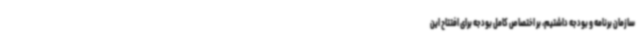
سازمان برنامه و بودجه داشتیم، بر اختصاص کامل بودجه برای افتتاح این